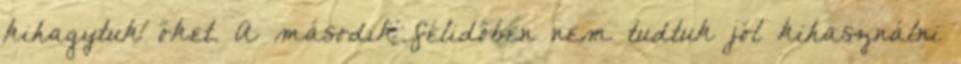
kihagytuk őket. A második félidőben nem tudtuk jól kihasználni